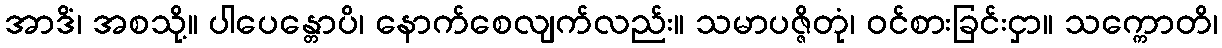
အာဒိံ၊ အစသို့။ ပါပေန္တောပိ၊ နောက်စေလျက်လည်း။ သမာပဇ္ဇိတုံ၊ ဝင်စားခြင်းငှာ။ သက္ကောတိ၊